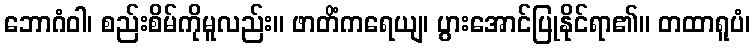
ဘောဂံဝါ၊ စည်းစိမ်ကိုမူလည်း။ ဖာတိံကရေယျ၊ ပွားအောင်ပြုနိုင်ရာ၏။ တထာရူပံ၊